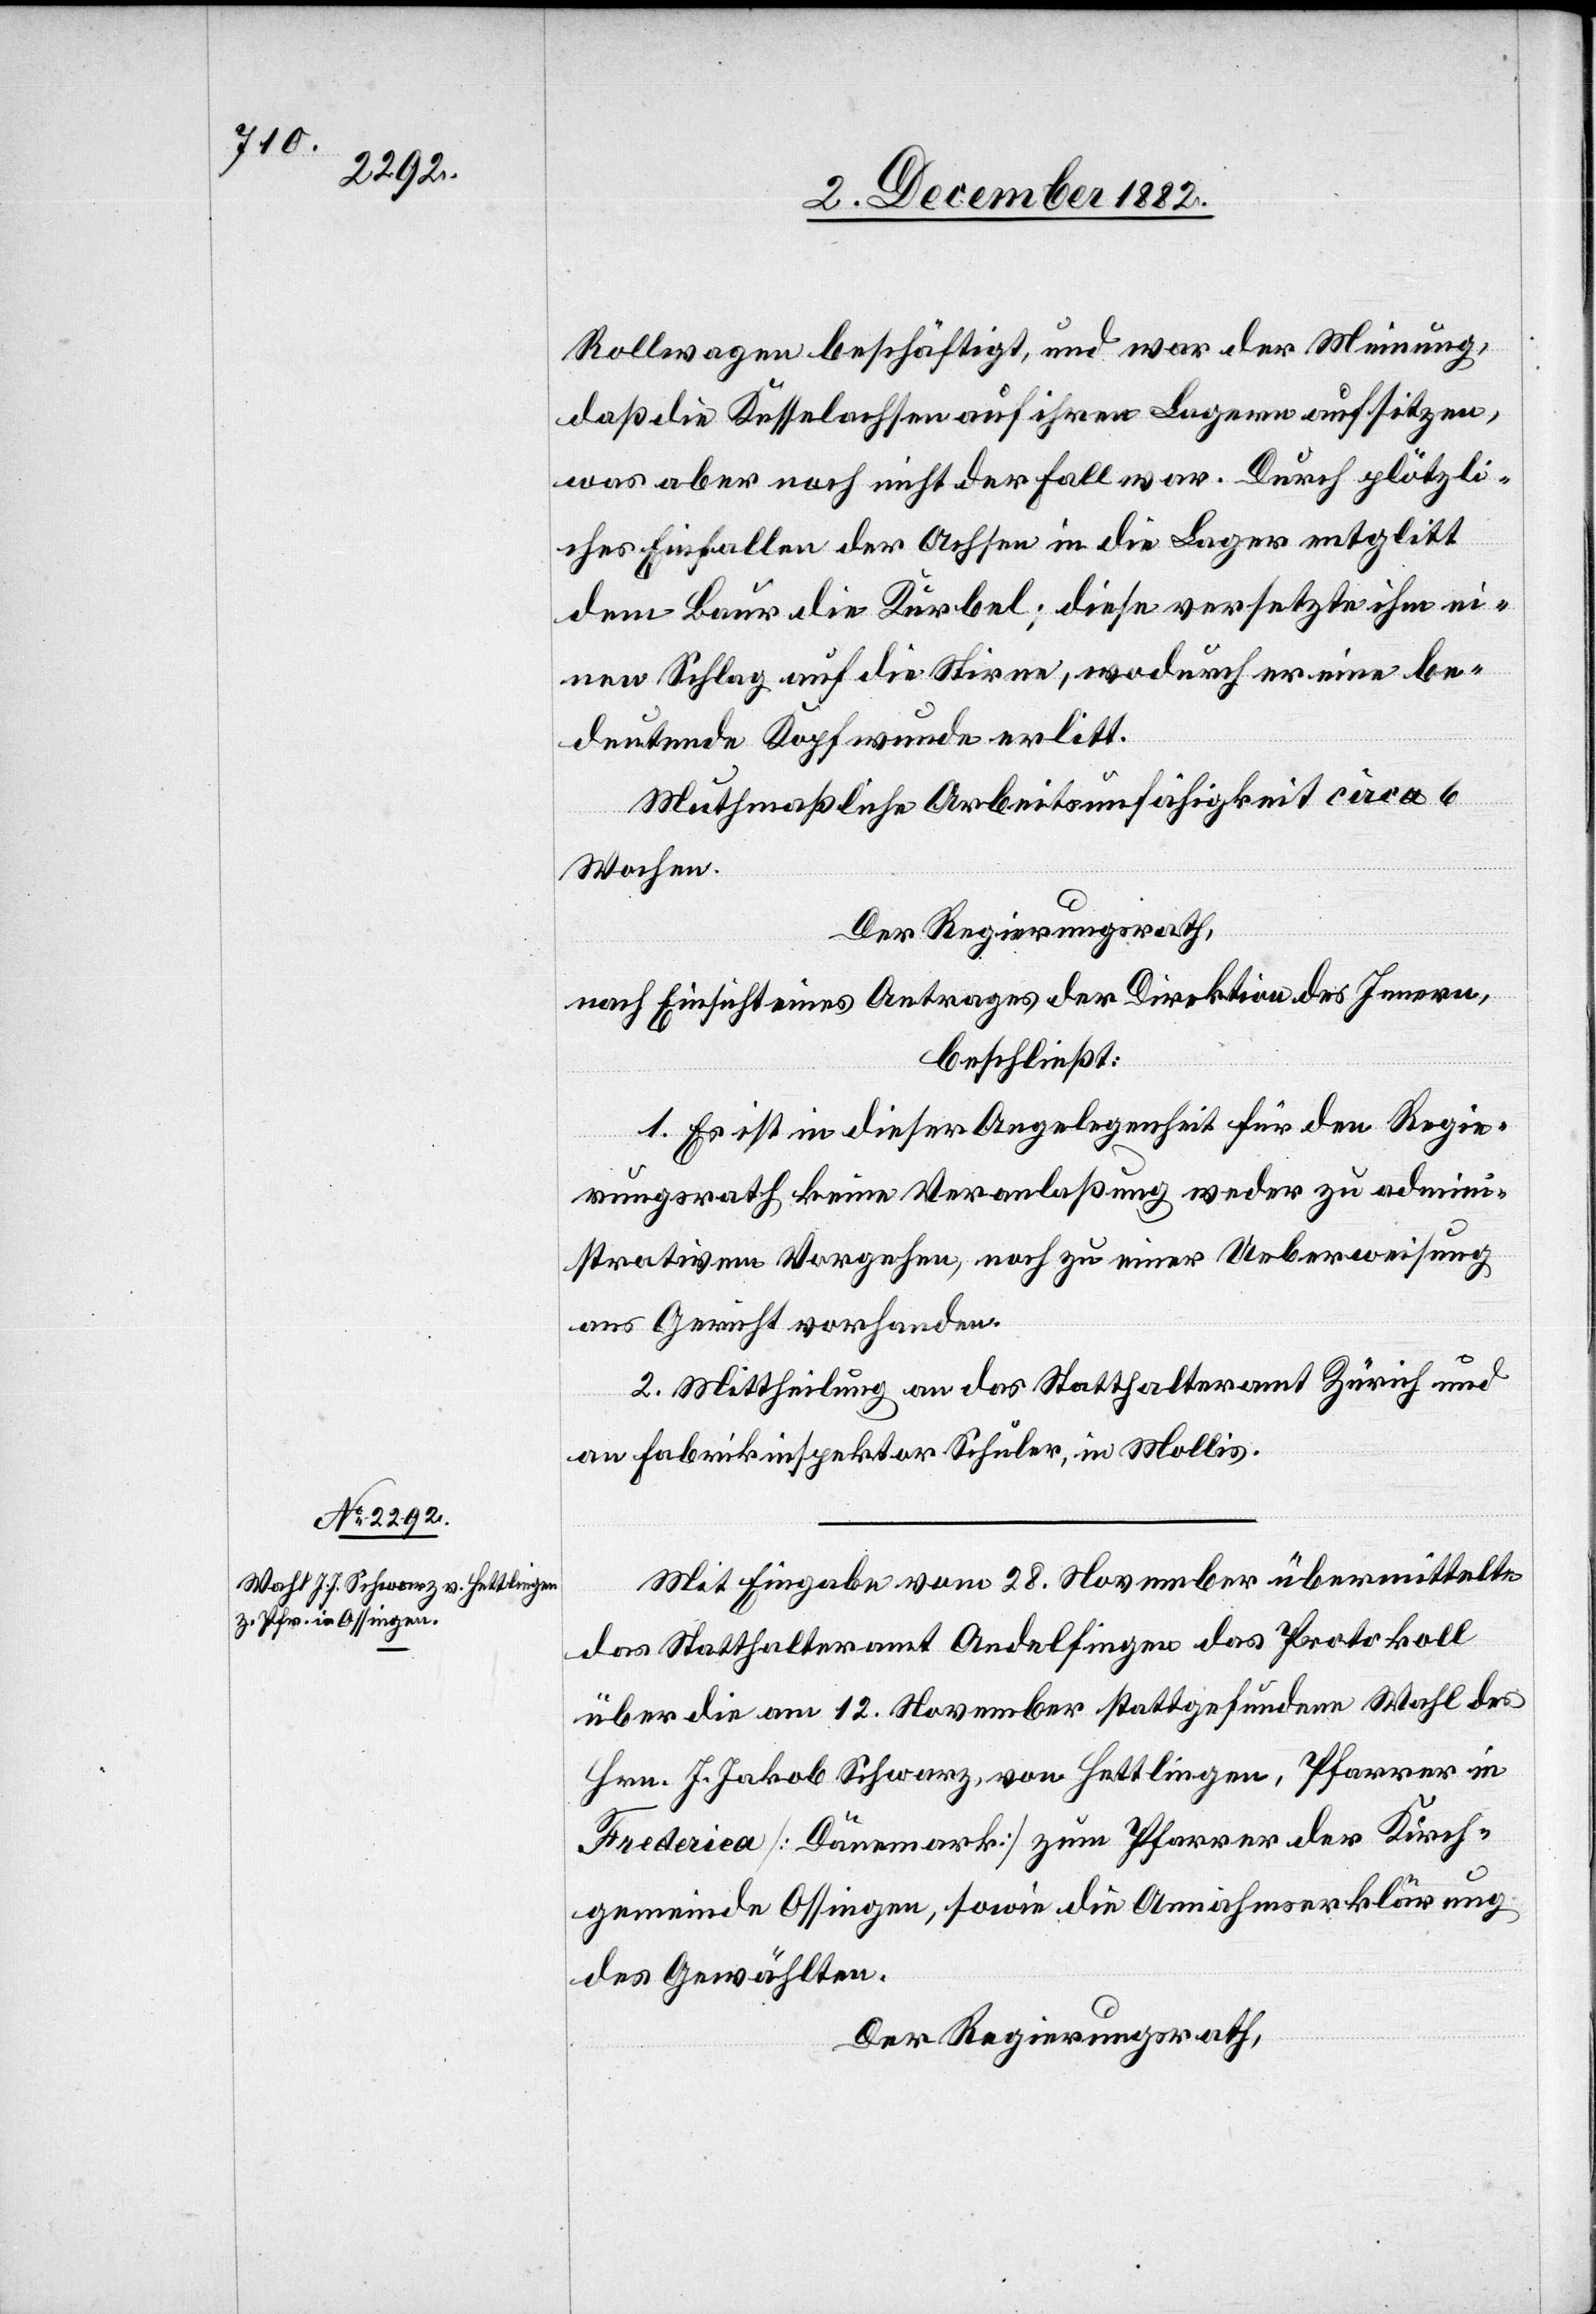
Rollwagen beschäftigt, und war der Meinung,
daß die Kesselachsen auf ihren Lagern aufsitzen,
was aber noch nicht der Fall war. Durch plötzli¬
ches Einfallen der Achsen in die Lager entglitt
dem Baur die Kurbel; diese versetzte ihm ei¬
nen Schlag auf die Stirne, wodurch er eine be¬
deutende Kopfwunde erlitt.
Muthmaßliche Arbeitsunfähigkeit circa 6
Wochen.
Der Regierungsrath,
nach Einsicht eines Antrages der Direktion des Innern,
beschließt:
1. Es ist in dieser Angelegenheit für den Regie¬
rungsrath keine Veranlaßung weder zu admini¬
strativem Vorgehen, noch zu einer Ueberweisung
ans Gericht vorhanden.
2. Mittheilung an das Statthalteramt Zürich und
an Fabrikinspektor Schuler, in Mollis.
Mit Eingabe vom 28. November übermittelte
das Statthalteramt Andelfingen das Protokoll
über die am 12. November stattgefundene Wahl des
Hrn. J. Jakob Schwarz, von Hettlingen, Pfarrer in
Frederica [Dänemark] zum Pfarrer der Kirch¬
gemeinde Ossingen, sowie die Annahmserklärung
des Gewählten.
Der Regierungsrath,